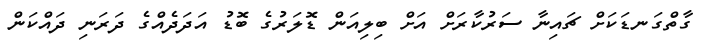
ގާތްގަނޑަކަށް ޗައިނާ ސަރުކާރަށް އަށް ބިލިއަން ޑޮލަރުގެ ބޮޑު އަދަދެއްގެ ދަރަނި ދައްކަން